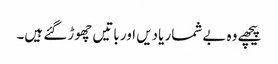
پیچھے وہ بے شمار یادیں اور باتیں چھوڑ گئے ہیں۔